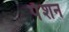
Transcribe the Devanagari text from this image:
पेँशन